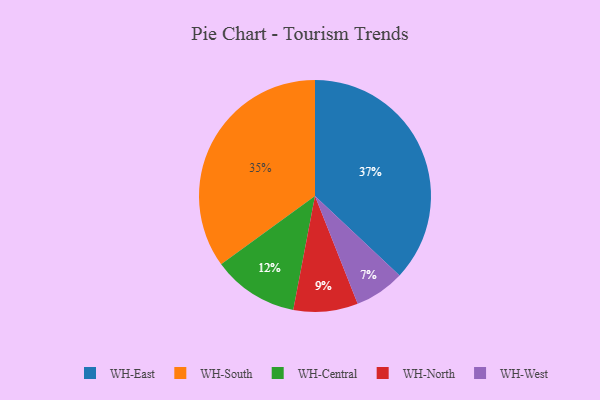
{"axis": {"x": "Category", "y": "Percentage"}, "legend": ["WH-Central", "WH-East", "WH-North", "WH-South", "WH-West"], "data": [{"x": "WH-Central", "y": 12, "type": "WH-Central"}, {"x": "WH-West", "y": 7, "type": "WH-West"}, {"x": "WH-East", "y": 37, "type": "WH-East"}, {"x": "WH-North", "y": 9, "type": "WH-North"}, {"x": "WH-South", "y": 35, "type": "WH-South"}]}